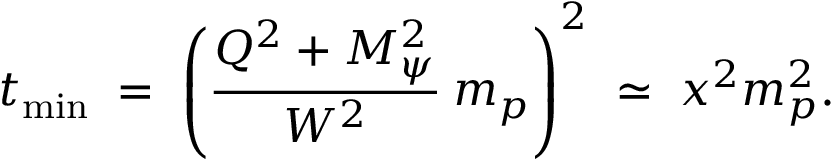
t _ { \mathrm { m i n } } \; = \; \left( \frac { Q ^ { 2 } + M _ { \psi } ^ { 2 } } { W ^ { 2 } } \: m _ { p } \right) ^ { 2 } \; \simeq \; x ^ { 2 } m _ { p } ^ { 2 } .